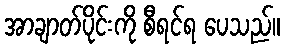
အာချာတ်ပိုင်းကို စီရင်ရ ပေသည်။